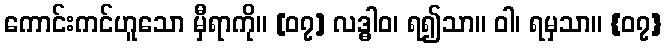
ကောင်းကင်ဟူသော မှီရာကို။ [၀၇] လဒ္ဓါဝ၊ ရ၍သာ။ ဝါ၊ ရမှသာ။ {၀၇}